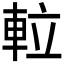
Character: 𨋢